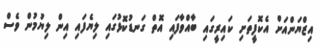
އިޒްޔަންއަށް އެކޮފީތަށި ކައިރީގައި ބާއްވާފައި އޮތް ގަނޑުކޮޅުގައި ލިޔެފައި އިން ލިޔުމުން ވެސް